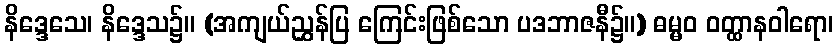
နိဒ္ဒေသေ၊ နိဒ္ဒေသ၌။ (အကျယ်ညွှန်ပြ ကြေင်းဖြစ်သော ပဒဘာဇနီ၌။) ဓမ္မဝ ဝတ္ထာနဝါရော၊